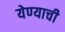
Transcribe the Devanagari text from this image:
येण्‍याची